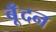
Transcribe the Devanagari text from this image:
बूँदन